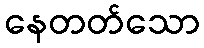
နေတတ်သော